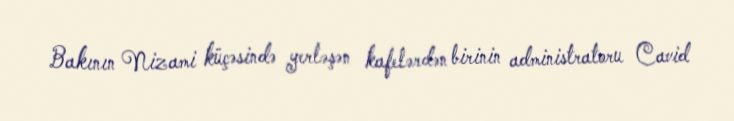
Bakının Nizami küçəsində yerləşən kafelərdən birinin administratoru Cavid